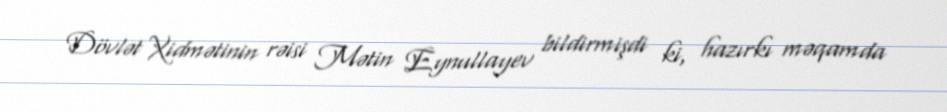
Dövlət Xidmətinin rəisi Mətin Eynullayev bildirmişdi ki, hazırkı məqamda